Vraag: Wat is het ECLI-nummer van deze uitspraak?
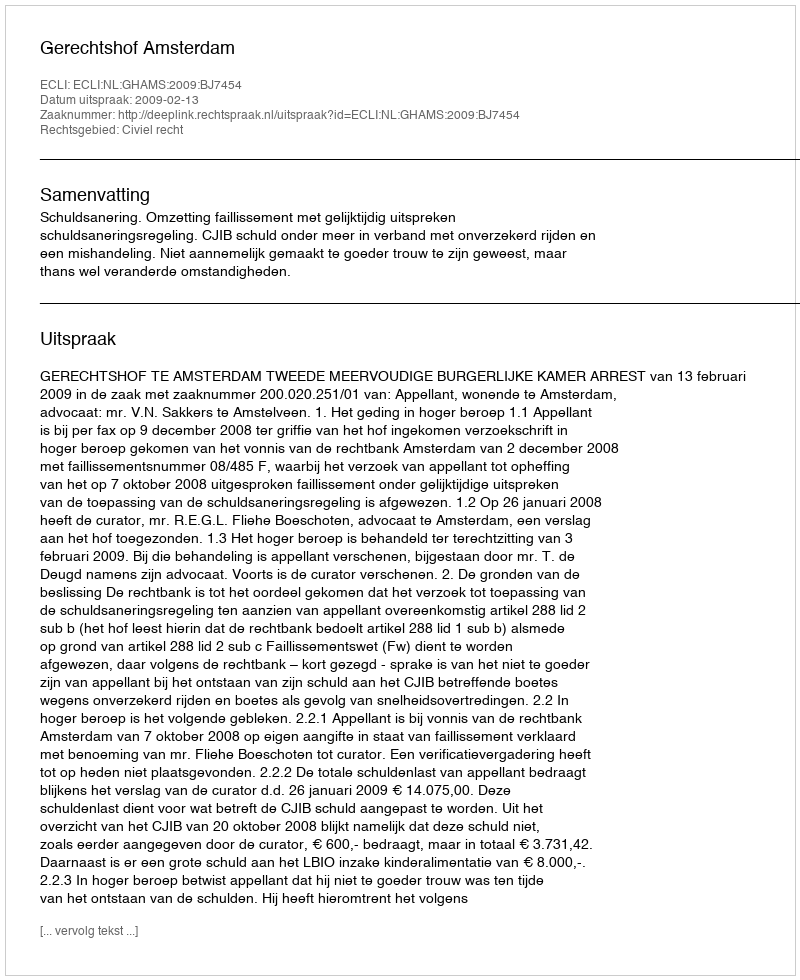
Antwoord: ECLI:NL:GHAMS:2009:BJ7454